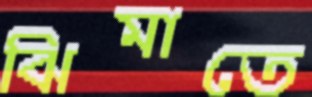
ঝিমাতে